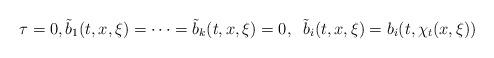
LaTeX: \begin{align*}\tau=0,{\tilde b}_1(t,x,\xi)=\cdots={\tilde b}_k(t,x,\xi)=0,\;\;{\tilde b}_i(t,x,\xi)=b_i(t,\chi_t(x,\xi))\end{align*}